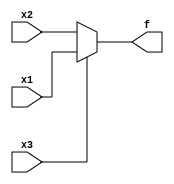
module top_module(
    input  wire x3,
    input  wire x2,
    input  wire x1,
    output wire f
);
    
    assign f = (x3 == 0) ? x2 : x1;

endmodule